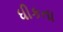
ધીકતા